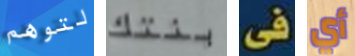
لتوهم بنتك فى أي